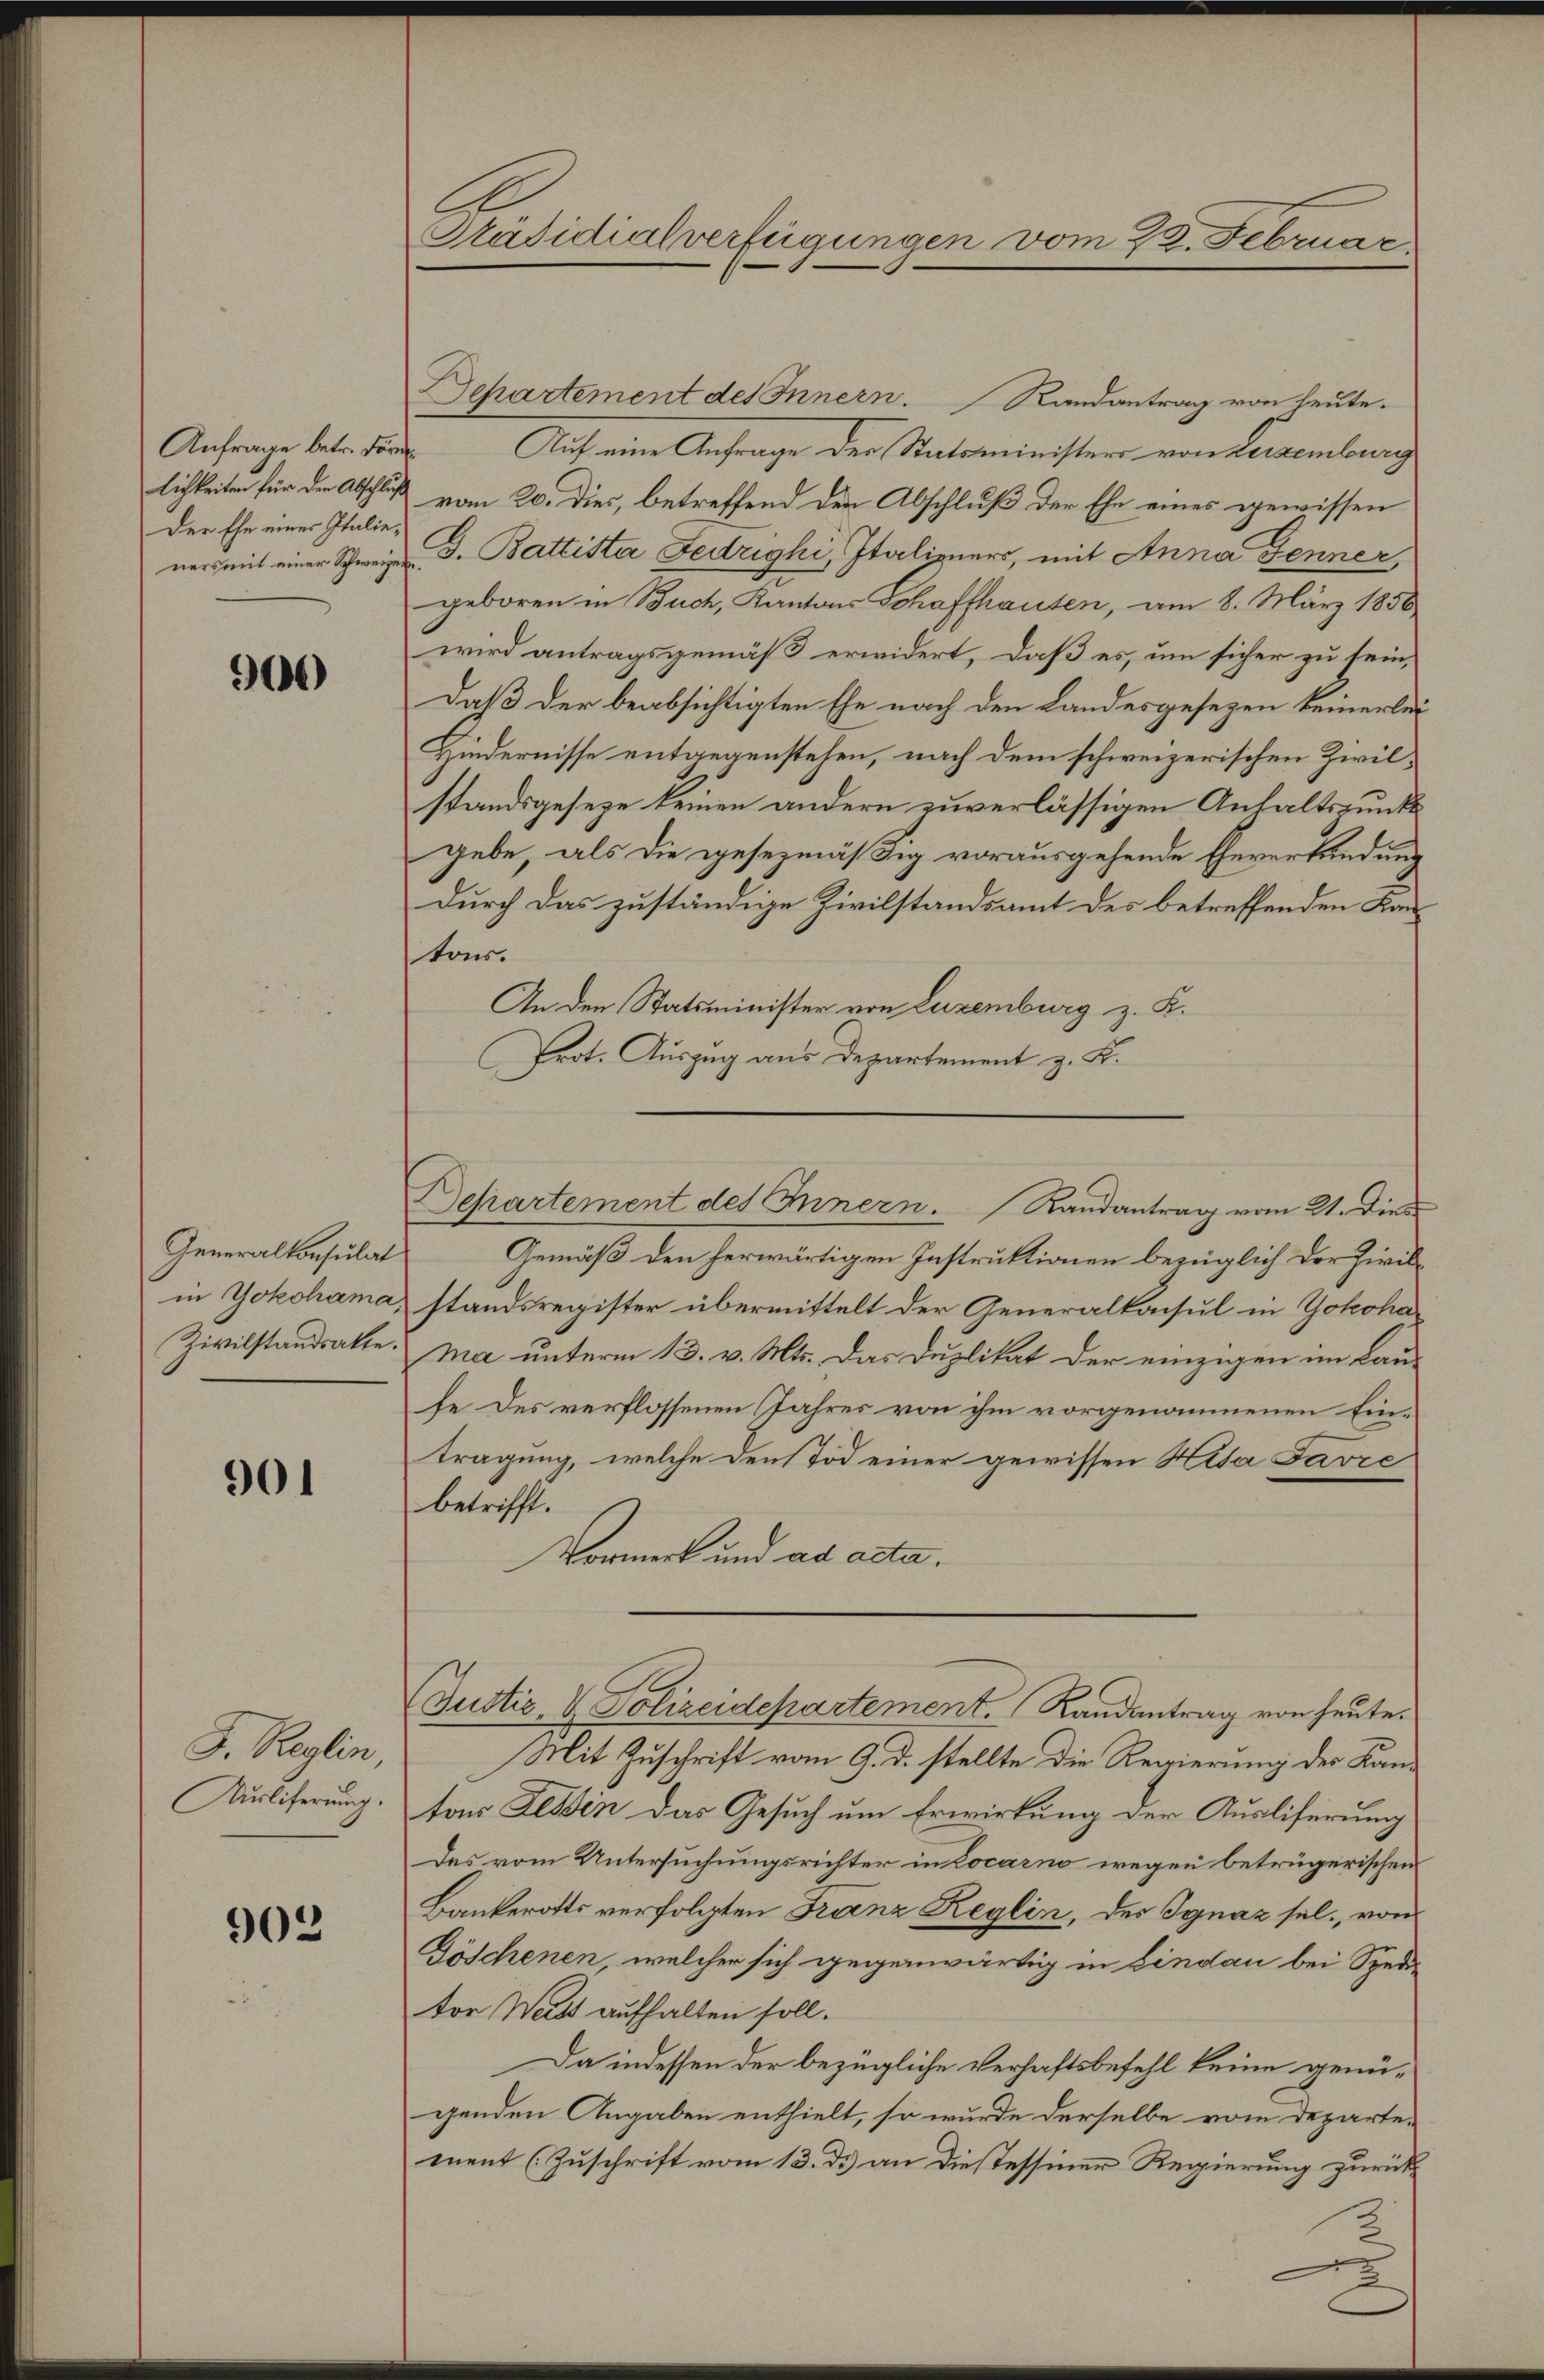
Anfrage betr. Form
lichkeiten für den Abschluß
Der Ehe einer Italieners mit einer Schweizer

900

Generalkonsulat
in Yokohama,
Zivilstandsatte.

901

J. Reglin
Ausliferung.

902

Präsidialverfügungen vom 23. Februar

Separtement des Innern. Randantrag von heute.
Auf eine Anfrage der Statsminister von Leisenburg
vom 20. Dies, betreffend den Abschluß der Ehe eines gewissen
B. Battiste Feizighi, Italiziers, mit Anna Jenner,
geboren in Buch, Kantons Schaffhausen, am 8. März 1856
wird antragsgemäß erwidert, daß es, um sicher zu sein,
Daß der beabsichtigten Ehe nach den Landesgesezen keinerlei
Hindernisse entgegenstehen, nach dem schweizerischen Zivilstandsgeseze keinen andern zuverlässigen Anhaltspunkt
gebe, als die gesezmäßig vorausgehende Eheverkündung
durch das zuständige Zivilstandsamt des betreffenden Kantons.
An den Statsminister von Luxenburg z. K.
Prot. Auszug aus Departement z. B.
Gemäß den herwärtigen Instruktionen bezüglich der Zivilstandsregister übermittelt der Generalkonsul in Yokoha
ma unterm 13. v. Mts. Das Duplikat der einzigen im Laufe des verflossenen Jahres von ihm vorgenommenen Eintragung, welche den Tod einer gewissen Heta Favre
betrifft.
Vormerk und ad acta.
Justiz- & Polizeidepartement. Landantrag von heute.
Mit Zuschrift vom 9. d. stellte die Regierung der Kantons Tessin das Gesuch um Erwirkung der Ausliferung
des vom Untersuchungsrichter in Locarno wegen betrügerischen
Bankerotts verfolgten Franz Reglin, der Ignaz sel., von
Göschenen, welcher sich gegenwärtig in Lindau bei Spedi-
tor Watt aufhalten soll.
Da indessen der bezügliche Verhaftsbefehl keine genügenden Angaben enthielt, so wurde derselbe vom Departement (Zuschrift vom 13. d.) an diesessiner Regierung zurück¬

Departement des Innern. Randantrag vom 21. Dies